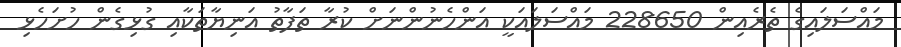
މައްސަލައިގެ ތެރެއިން 228650 މައްސަލައަކީ އަންހެނުންނަށް ކުރާ ތަފާތު އަނިޔާތަކާއި ގުޅިގެން ހުށަހެޅި